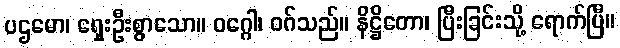
ပဌမော၊ ရှေးဦးစွာသော။ ဝဂ္ဂေါ၊ ဝဂ်သည်။ နိဋ္ဌိတော၊ ပြီးခြင်းသို့ ရောက်ပြီ။